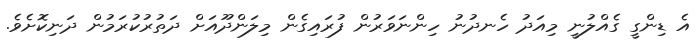
އެ ޑިންގީ ގެއްލުނީ މިއަދު ހެނދުނު ހިންނަވަރުން ފުރައިގެން މިލަންދޫއަށް ދަތުރުކުރަމުން ދަނިކޮށެވެ.